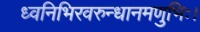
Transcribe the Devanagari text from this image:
ध्वनिभिरवरुन्धानमणुभिः।